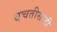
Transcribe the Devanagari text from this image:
बचतीसाठी